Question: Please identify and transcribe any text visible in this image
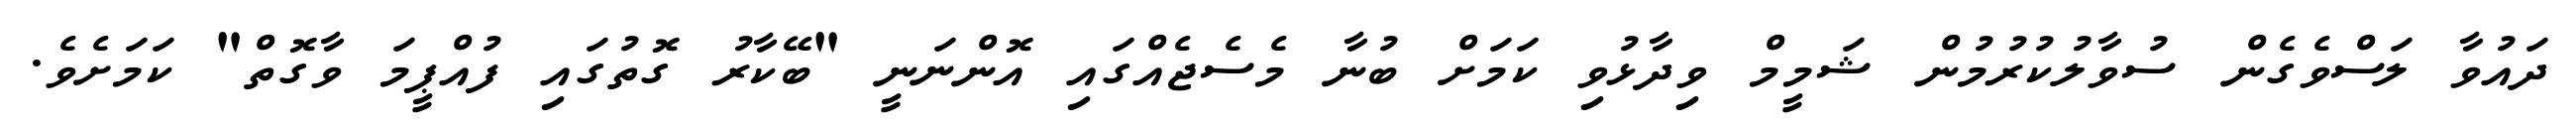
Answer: ދައުވާ ލަސްވެގެން ސުވާލުކުރުމުން ޝަމީމް ވިދާޅުވި ކަމަށް ބުނާ މެސެޖެއްގައި އޮންނަނީ "ބޭކާރު ގޮތުގައި ފުއްޕީމަ ވާގޮތް" ކަމަށެވެ.